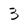
Character: 3